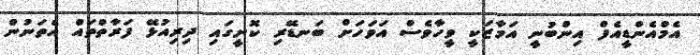
އެމްއެންޑީއެފް އިންބުނީ އަމާޒަކީ ވީހާވެސް އަވަހަށް ބަނޑޭރި ކޮށީގައި ދިރިއުޅޭ ފަރާތްތައް އެތަނުން